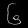
Digit: ၆